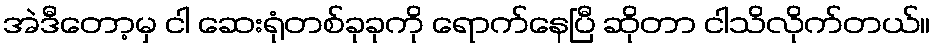
အဲဒီတော့မှ ငါ ဆေးရုံတစ်ခုခုကို ရောက်နေပြီ ဆိုတာ ငါသိလိုက်တယ်။